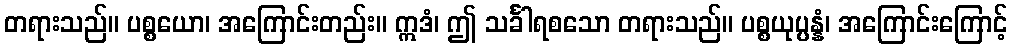
တရားသည်။ ပစ္စယော၊ အကြောင်းတည်း။ ဣဒံ၊ ဤ သင်္ခါရစသော တရားသည်။ ပစ္စယုပ္ပန္နံ၊ အကြောင်းကြောင့်